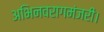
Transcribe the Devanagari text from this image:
अभिनवरागमंजरी।